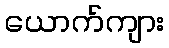
ယောက်ကျား